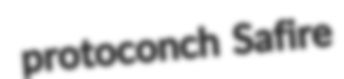
protoconch Safire